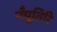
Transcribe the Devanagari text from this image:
नँपूतिरि